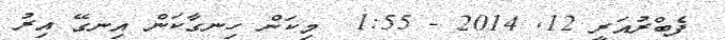
ފެބްރުއަރީ 12